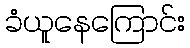
ခံယူနေကြောင်း